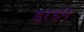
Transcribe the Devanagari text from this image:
डरडन